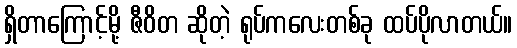
ရှိတာကြောင့်မို့ ဇီဝိတ ဆိုတဲ့ ရုပ်ကလေးတစ်ခု ထပ်ပိုလာတယ်။